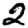
Digit: 2